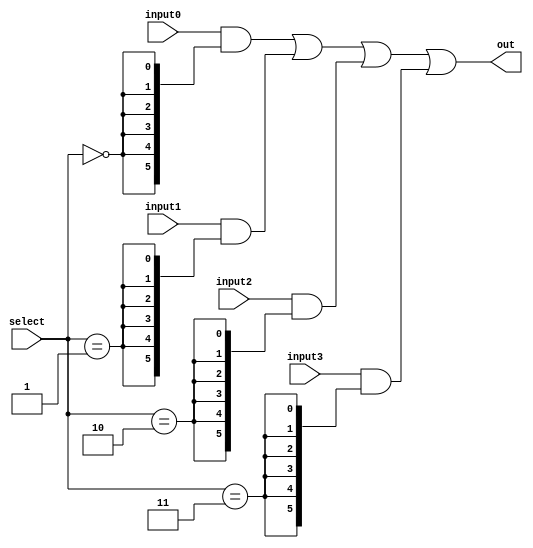
module mux4to1_6bit (
	out,
	input0,
	input1,
	input2,
	input3,
	select
);

output[5:0] out;

input[5:0] input0, input1, input2, input3;
input[1:0] select;

assign out = (input0 & {6{(select == 2'b00)}}) |
			 (input1 & {6{(select == 2'b01)}}) |
			 (input2 & {6{(select == 2'b10)}}) |
			 (input3 & {6{(select == 2'b11)}});

endmodule